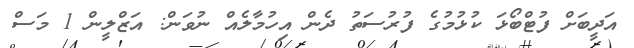
އަދީބަށް ފުޓްބޯޅަ ކުޅުމުގެ ފުރުސަތު ދެން އިހުމާލެއް ނުވަން: އަޒްލީން 1 މަސް